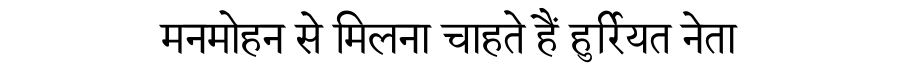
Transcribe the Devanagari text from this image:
मनमोहन से मिलना चाहते हैं हुर्रियत नेता